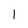
Character: 1